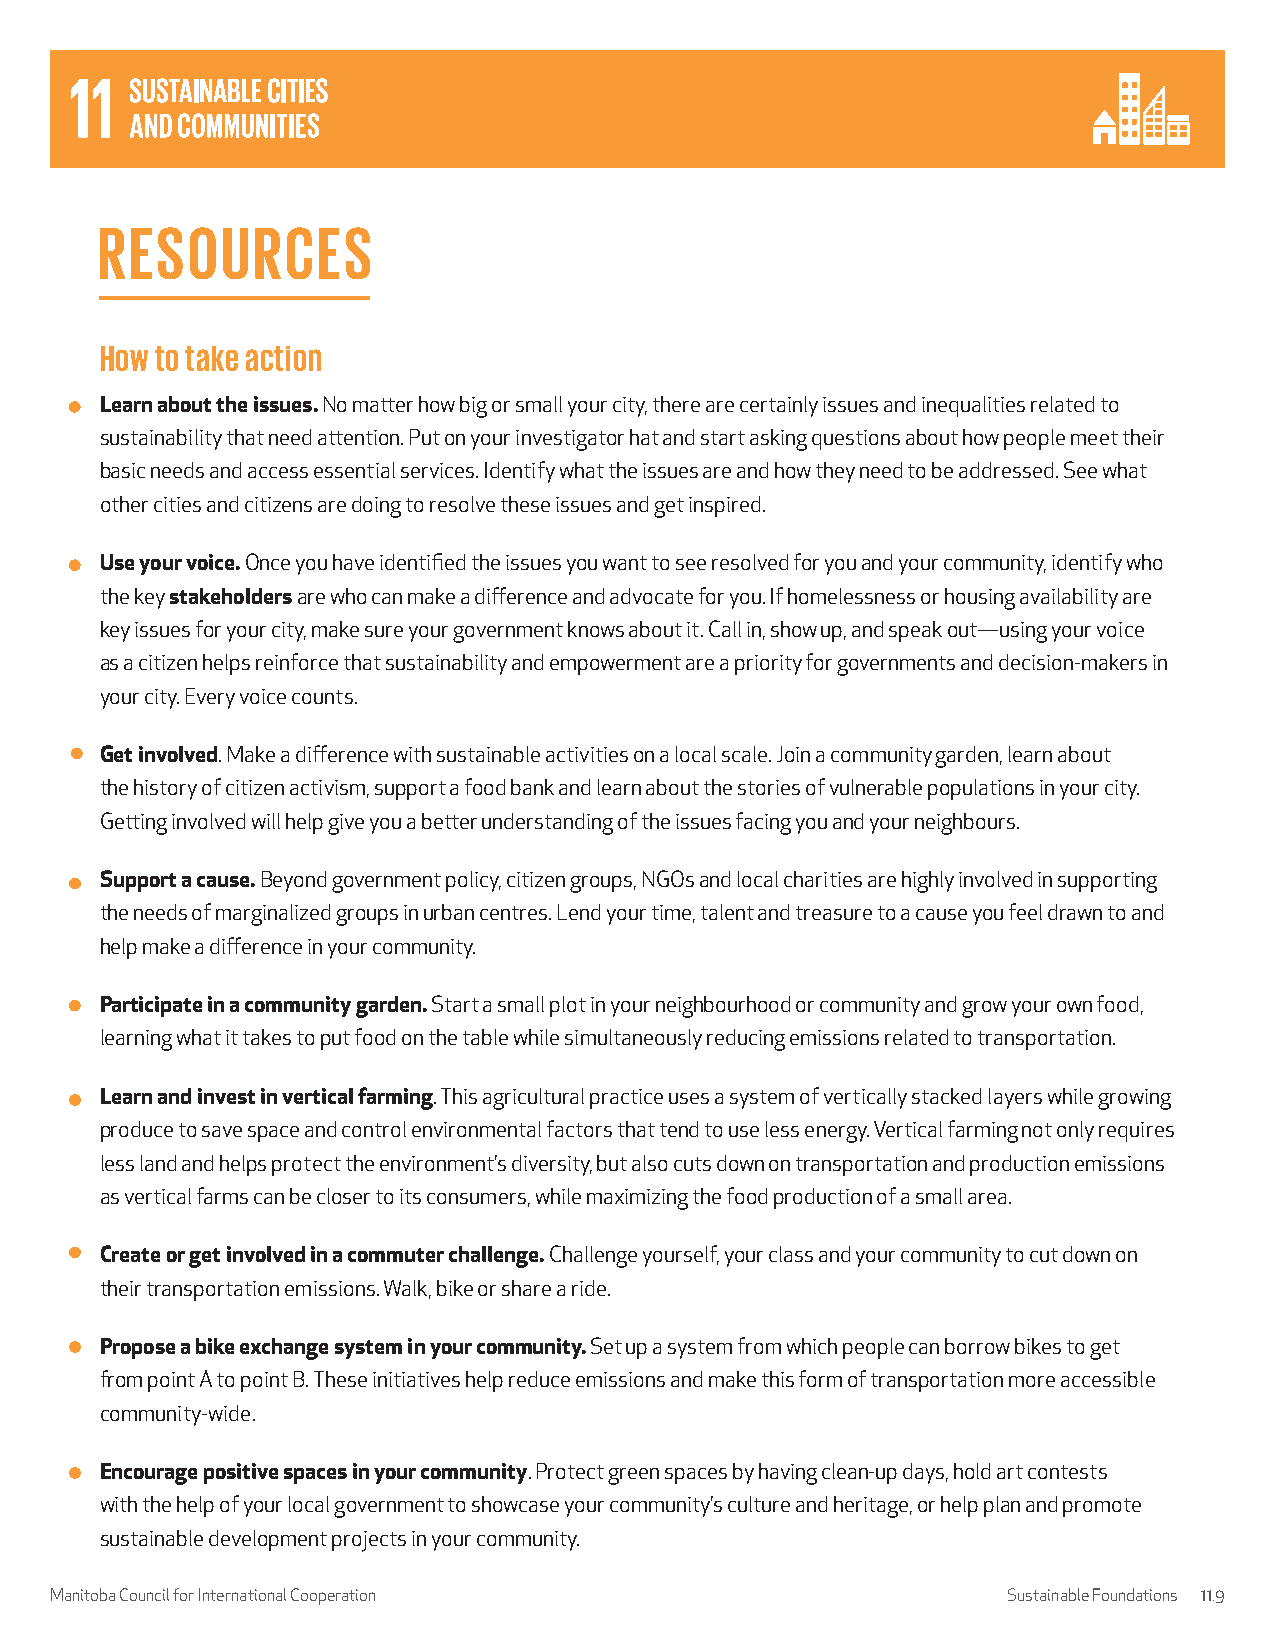
RESOURCES
 How to take action
 Learn about the issues. No matter how big or small your city, there are certainly issues and inequalities related to
 sustainability that need attention. Put on your investigator hat and start asking questions about how people meet their
 basic needs and access essential services. Identify what the issues are and how they need to be addressed. See what
 other cities and citizens are doing to resolve these issues and get inspired.
 Use your voice. Once you have identified the issues you want to see resolved for you and your community, identify who
 the key stakeholders are who can make a difference and advocate for you. If homelessness or housing availability are
 key issues for your city, make sure your government knows about it. Call in, show up, and speak out—using your voice
 as a citizen helps reinforce that sustainability and empowerment are a priority for governments and decision-makers in
 your city. Every voice counts.
 Get involved. Make a difference with sustainable activities on a local scale. Join a community garden, learn about
 the history of citizen activism, support a food bank and learn about the stories of vulnerable populations in your city.
 Getting involved will help give you a better understanding of the issues facing you and your neighbours.
 Support a cause. Beyond government policy, citizen groups, NGOs and local charities are highly involved in supporting
 the needs of marginalized groups in urban centres. Lend your time, talent and treasure to a cause you feel drawn to and
 help make a difference in your community.
 Participate in a community garden. Start a small plot in your neighbourhood or community and grow your own food,
 learning what it takes to put food on the table while simultaneously reducing emissions related to transportation.
 Learn and invest in vertical farming. This agricultural practice uses a system of vertically stacked layers while growing
 produce to save space and control environmental factors that tend to use less energy. Vertical farming not only requires
 less land and helps protect the environment’s diversity, but also cuts down on transportation and production emissions
 as vertical farms can be closer to its consumers, while maximizing the food production of a small area.
 Create or get involved in a commuter challenge. Challenge yourself, your class and your community to cut down on
 their transportation emissions. Walk, bike or share a ride.
 Propose a bike exchange system in your community. Set up a system from which people can borrow bikes to get
 from point A to point B. These initiatives help reduce emissions and make this form of transportation more accessible
 community-wide.
 Encourage positive spaces in your community. Protect green spaces by having clean-up days, hold art contests
 with the help of your local government to showcase your community’s culture and heritage, or help plan and promote
 sustainable development projects in your community.
 Manitoba Council for International Cooperation                  Sustainable Foundations 11.9